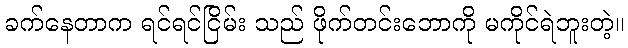
ခက်နေတာက ရင်ရင်ငြိမ်း သည် ဖိုက်တင်းဘောကို မကိုင်ရဲဘူးတဲ့။